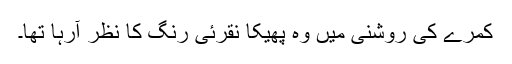
کمرے کی روشنی میں وہ پھیکا نقرئی رنگ کا نظر آرہا تھا۔